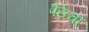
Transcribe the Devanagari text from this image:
पेठेचा